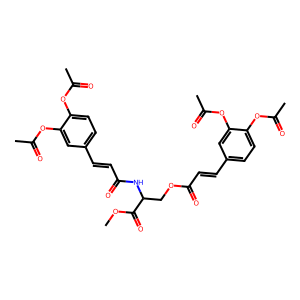
SMILES: COC(=O)C(COC(=O)C=Cc1ccc(OC(C)=O)c(OC(C)=O)c1)NC(=O)C=Cc1ccc(OC(C)=O)c(OC(C)=O)c1
Inhibits HIV replication: No